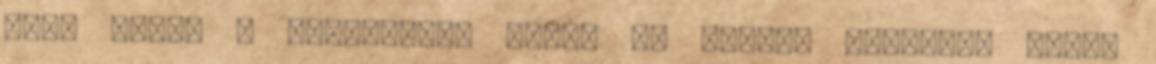
foci hanem a vizilabdás tábor az igazán érdekes, vizis